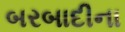
બરબાદીના